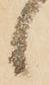
候